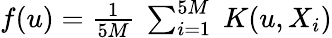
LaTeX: \begin{array}{r}{f(u)=\frac{1}{5M}~\sum_{i=1}^{5M}~K(u,X_{i})}\end{array}